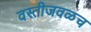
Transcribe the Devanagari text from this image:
वस्तीजवळच